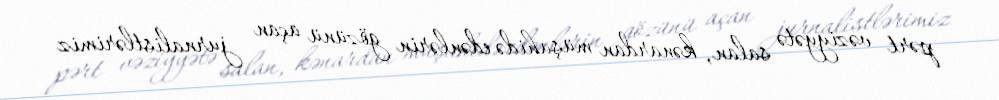
pərt vəziyyətə salan, kənardan müşahidə edənlərin gözünü açan jurnalistlərimiz